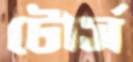
টোর্স